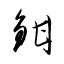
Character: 鉗